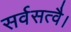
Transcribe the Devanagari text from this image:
सर्वसत्वै।